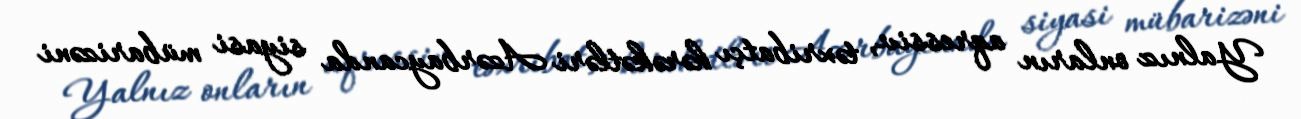
Yalnız onların aqressiv, təxribatçı hərəkətləri Azərbaycanda siyasi mübarizəni